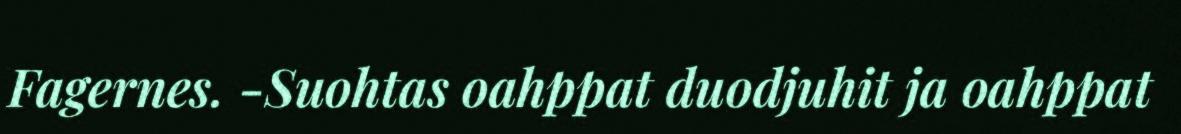
Fagernes. -Suohtas oahppat duodjuhit ja oahppat